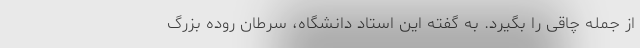
از جمله چاقی را بگیرد. به گفته این استاد دانشگاه، سرطان روده بزرگ